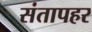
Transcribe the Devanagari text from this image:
संतापहर